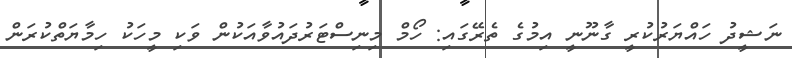
ނަޝީދު ހައްޔަރުކުރީ ގާނޫނީ އިމުގެ ތެރޭގައި: ހޯމް މިނިސްޓަރުދައުވާއަކުން ވަކި މީހަކު ހިމާޔަތްކުރަން